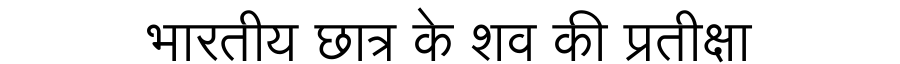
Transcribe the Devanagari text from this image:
भारतीय छात्र के शव की प्रतीक्षा